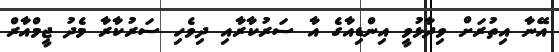
އޭނާ އިތުރަށް ވިދާޅުވީ އިންޑިއާގެ އާ ސަރުކާރާއި ދިވެހި ސަރުކާރާ މެދު ޖީމްއާރް